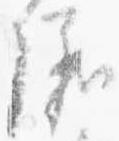
儀